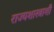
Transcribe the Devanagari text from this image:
राज्यशास्त्राशी